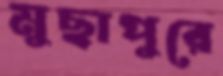
মুছাপুরে